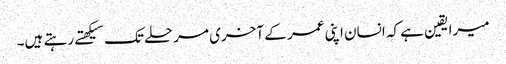
میرا یقین ہے کہ انسان اپنی عمر کے آخری مرحلے تک سیکهتے رہتے ہیں۔